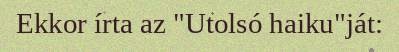
Ekkor írta az "Utolsó haiku"ját: